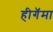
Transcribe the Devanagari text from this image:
हीगॅमा